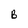
Character: B